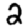
Digit: 2